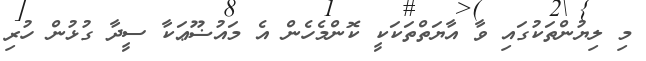
މި ލިޔުންތަކުގައި ވާ އާޔަތްތަކަކީ ކޮންމެހެން އެ މައުޟޫޢަކާ ސީދާ ގުޅުން ހުރި